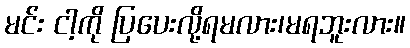
မင်း ငါ့ကို ပြပေးလို့ရမလား၊မရဘူးလား။